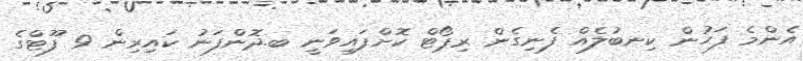
އެންމެ ފަހުން ކިނބުލެއް ފެނިގެން ރިޕޯޓް ކޮށްފައިވަނީ ބ.ދޮންފަނު ކައިރިން 9 ފޫޓްގެ